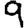
Digit: 9